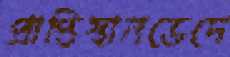
প্রাপ্তিস্থানভেদে